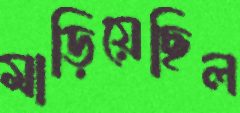
মাড়িয়েছিল